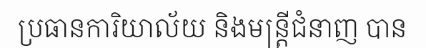
ប្រធានការិយាល័យ និងមន្ត្រីជំនាញ បាន